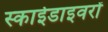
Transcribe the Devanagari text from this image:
स्काईडाइवरों